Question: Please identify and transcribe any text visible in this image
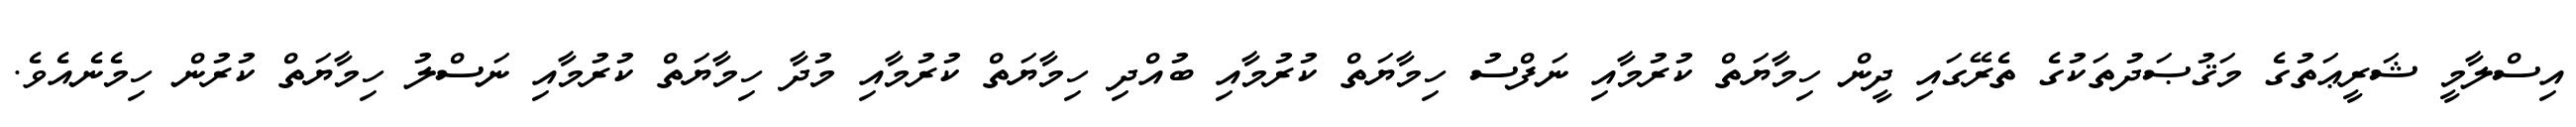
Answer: އިސްލާމީ ޝަރީޢަތުގެ މަޤުޞަދުތަކުގެ ތެރޭގައި ދީން ހިމާޔަތް ކުރުމާއި ނަފްސު ހިމާޔަތް ކުރުމާއި ބުއްދި ހިމާޔަތް ކުރުމާއި މުދާ ހިމާޔަތް ކުރުމާއި ނަސްލު ހިމާޔަތް ކުރުން ހިމެނެއެވެ.